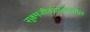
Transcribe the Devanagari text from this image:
सूक्ष्मजीवशास्त्रातील